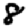
Digit: 8